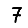
Digit: 7